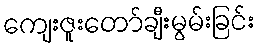
ကျေးဇူးတော်ချီးမွမ်းခြင်း